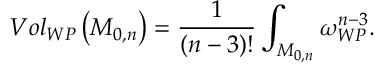
V o l _ { W P } \left( { \cal M } _ { 0 , n } \right) = \frac { 1 } { ( n - 3 ) ! } \int _ { { \cal M } _ { 0 , n } } \omega _ { W P } ^ { n - 3 } .